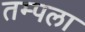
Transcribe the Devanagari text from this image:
तम्पला